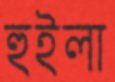
হুইলা